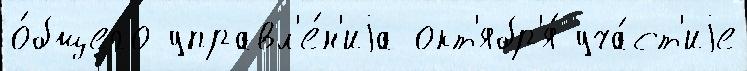
о́бщего управл'е́н'иjа окт'ябр'я́ уча́ст'иjе